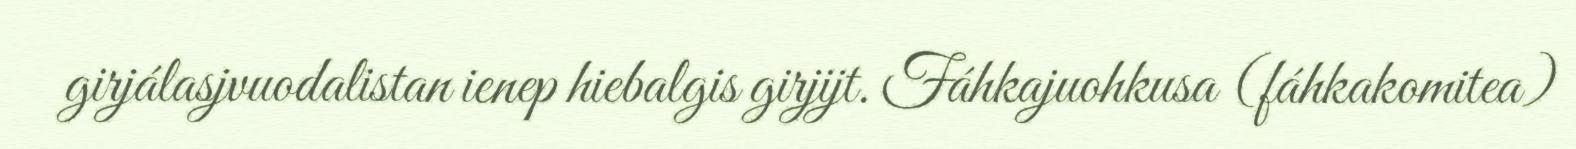
girjálasjvuodalistan ienep hiebalgis girjijt. Fáhkajuohkusa (fáhkakomitea)